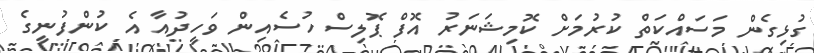
ގުޅިގެން މަސައްކަތް ކުރުމަށް ކޮމިޝަނަރު އޮފް ޕޮލިސް ހުސެއިން ވަހީދުއާ އެ ކުންފުނީގެ